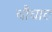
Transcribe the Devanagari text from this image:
चौघाट